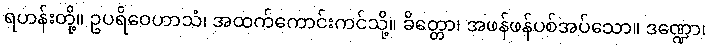
ရဟန်းတို့။ ဥပရိဝေဟာသံ၊ အထက်ကောင်းကင်သို့။ ခိတ္တော၊ အဖန်ဖန်ပစ်အပ်သော။ ဒဏ္ဍော၊